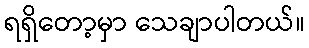
ရရှိတော့မှာ သေချာပါတယ်။